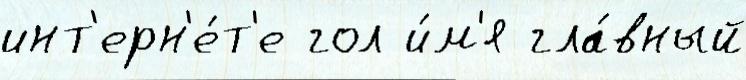
инт'ерн'е́т'е гол и́м'я гла́вный